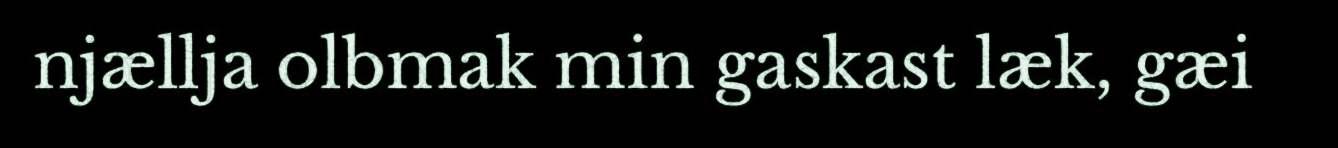
njællja olbmak min gaskast læk, gæi